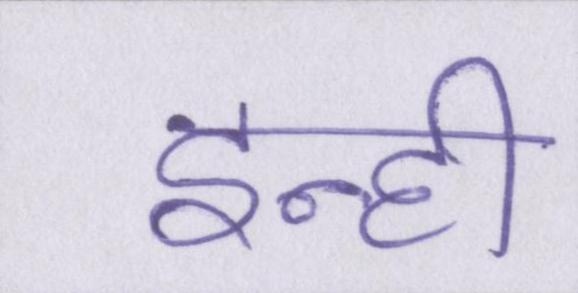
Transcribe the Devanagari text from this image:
इन्ही